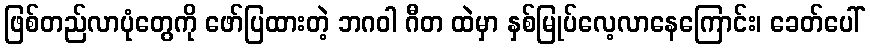
ဖြစ်တည်လာပုံတွေကို ဖော်ပြထားတဲ့ ဘဂဝါ ဂီတ ထဲမှာ နှစ်မြုပ်လေ့လာနေကြောင်း၊ ခေတ်ပေါ်